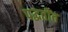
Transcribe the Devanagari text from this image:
पद्धतींत